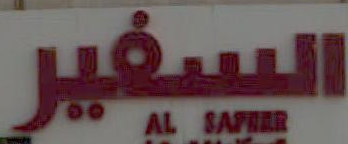
السفير